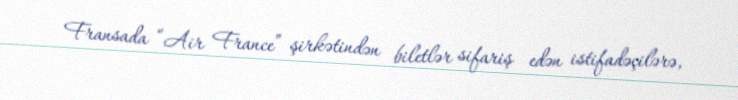
Fransada “Air France” şirkətindən biletlər sifariş edən istifadəçilərə,